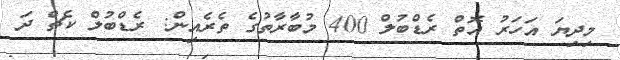
މިދިޔަ އަހަރު އޮތް ރެޑްބުލް 400 މުބާރާތުގެ ތެރެއިން: ރެޑްބުލް ކެޗް ދަ